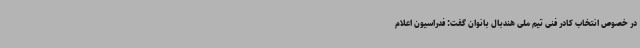
در خصوص انتخاب کادر فنی تیم ملی هندبال بانوان گفت: فدراسیون اعلام